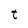
Character: t